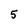
Character: 5